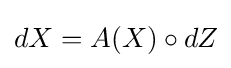
dX=A(X)\circ dZ